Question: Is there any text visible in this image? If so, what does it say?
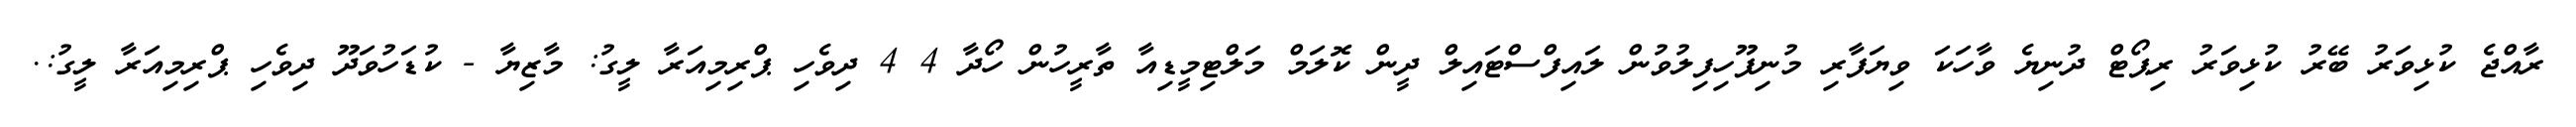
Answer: ރާއްޖެ ކުޅިވަރު ބޭރު ކުޅިވަރު ރިޕޯޓް ދުނިޔެ ވާހަކަ ވިޔަފާރި މުނިފޫހިފިލުވުން ލައިފްސްޓައިލް ދީން ކޮލަމް މަލްޓިމީޑިއާ ތާރީހުން ހޯދާ 4 4 ދިވެހި ޕްރިމިއަރާ ލީގު: މާޒިޔާ - ކުޑަހުވަދޫ ދިވެހި ޕްރިމިއަރާ ލީގު:.